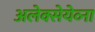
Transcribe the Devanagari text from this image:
अलेक्सेयेव्ना